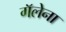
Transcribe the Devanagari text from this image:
गॅलेना